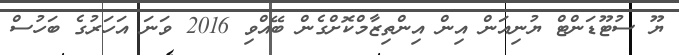
ޔޫ ސުޓޫޑަންޓް ޔުނިއަން އިން އިންތިޒާމްކޮށްގެން ބޭއްވި 2016 ވަނަ އަހަރުގެ ބަހުސް